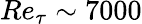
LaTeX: Re_{\tau}\sim 7000